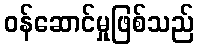
ဝန်ဆောင်မှုဖြစ်သည်